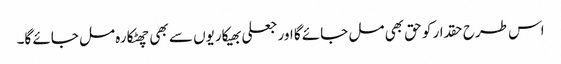
اس طرح حقدار کو حق بھی مل جائے گا اور جعلی بھیکاریوں سے بھی چھٹکارہ مل جائے گا۔